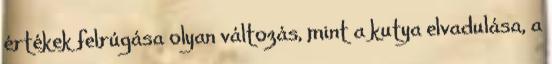
értékek felrúgása olyan változás, mint a kutya elvadulása, a